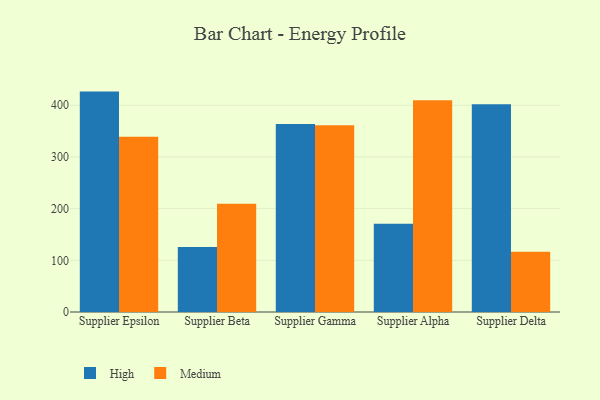
{"axis": {"x": "Supplier", "y": "Backlog"}, "legend": ["High", "Medium"], "data": [{"x": "Supplier Epsilon", "y": 426.5, "type": "High"}, {"x": "Supplier Epsilon", "y": 339.2, "type": "Medium"}, {"x": "Supplier Beta", "y": 125.9, "type": "High"}, {"x": "Supplier Beta", "y": 209.6, "type": "Medium"}, {"x": "Supplier Gamma", "y": 363.9, "type": "High"}, {"x": "Supplier Gamma", "y": 361.6, "type": "Medium"}, {"x": "Supplier Alpha", "y": 171.0, "type": "High"}, {"x": "Supplier Alpha", "y": 410.0, "type": "Medium"}, {"x": "Supplier Delta", "y": 402.0, "type": "High"}, {"x": "Supplier Delta", "y": 116.6, "type": "Medium"}]}